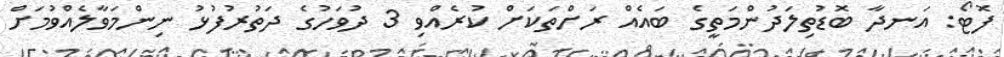
ފޮޓޯ: އަނދާ ބޮޑުތިލަދުންމަތީގެ ބައެއް ރަށްތަކަށް ކުރެއްވި 3 ދުވަހުގެ ދަތުރުފުޅު ނިންމަވާލެއްވުމަށް